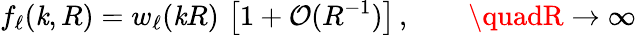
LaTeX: f_{\ell}(\mathit{k},R)=w_{\ell}(\mathit{k}R)\, \left[1+\mathcal{{O}}(R^{-1})\right]\, ,\qquad\quadR\to\infty